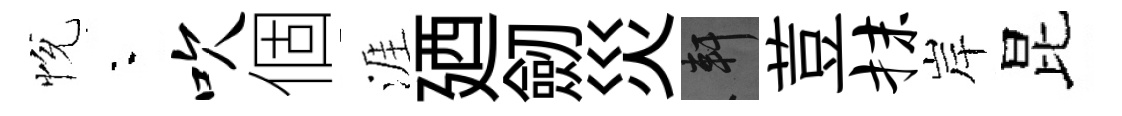
恱夜吹個涯廼劒災軒荳抹岸昆